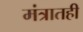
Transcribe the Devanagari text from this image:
मंत्रातही